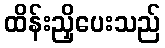
ထိန်းညှိပေးသည်